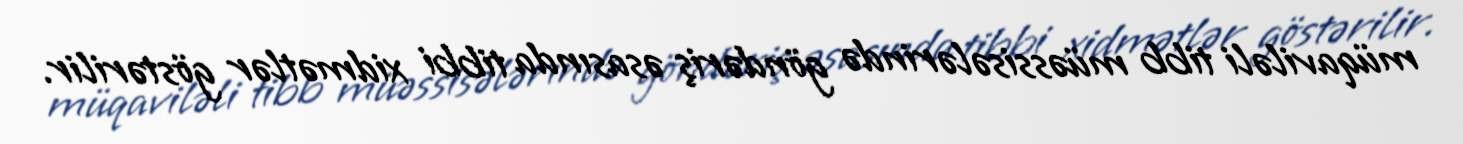
müqaviləli tibb müəssisələrində göndəriş əsasında tibbi xidmətlər göstərilir.